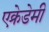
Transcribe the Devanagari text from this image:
एक्रेडेमी